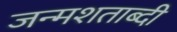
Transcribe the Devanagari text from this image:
जन्‍मशताब्‍दी